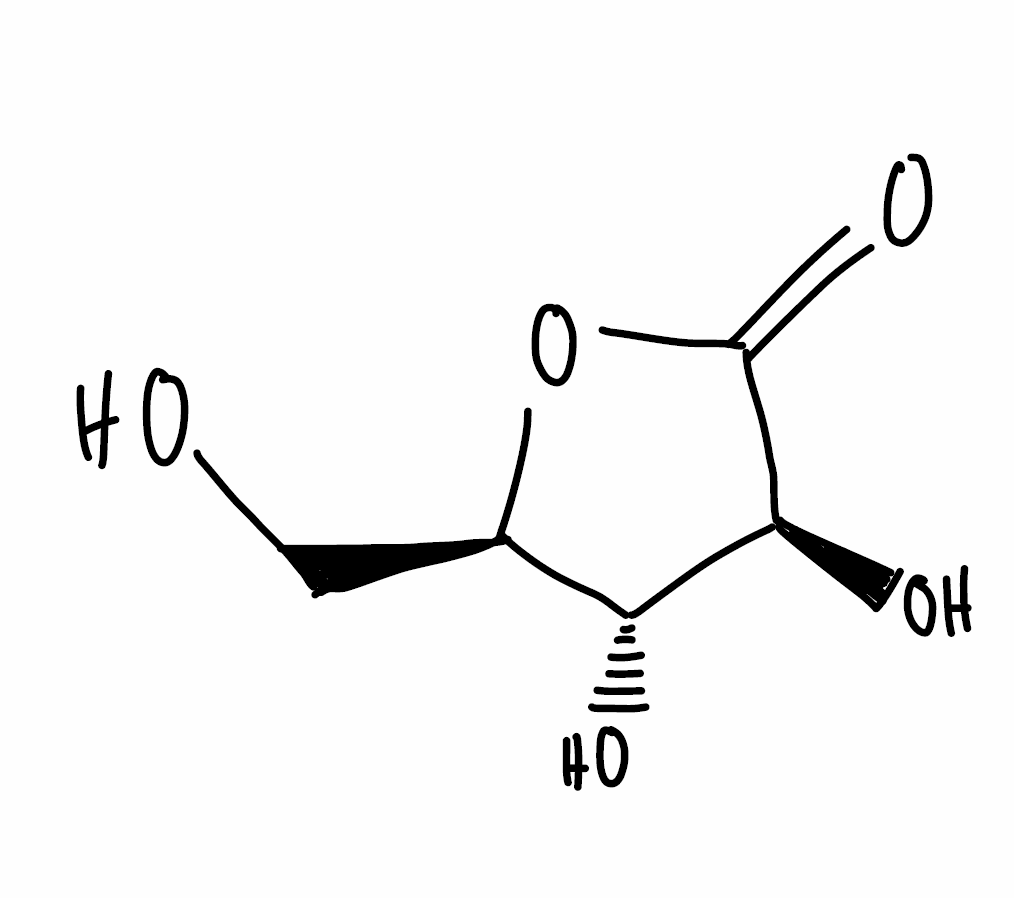
Simplified molecular-input line-entry system (SMILES) notation of the given molecule:
C([C@@H]1[C@H]([C@@H](C(=O)O1)O)O)O